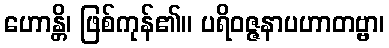
ဟောန္တိ၊ ဖြစ်ကုန်၏။ ပရိဝဇ္ဇနာပဟာတဗ္ဗာ၊